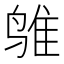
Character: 𱊅